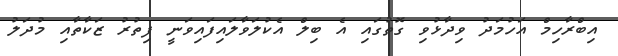
އިބްރާހިމް އަހުމަދު ވިދާޅުވި ގޮތުގައި އެ ބިލް އެކުލަވާލައިފައިވަނީ ފިތުރު ޒަކާތާއި މުދަލު